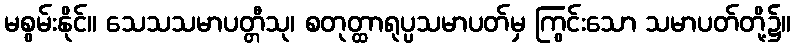
မစွမ်းနိုင်။ သေသသမာပတ္တီသု၊ စတုတ္ထာရုပ္ပသမာပတ်မှ ကြွင်းသော သမာပတ်တို့၌။